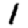
Digit: 1